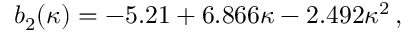
b _ { 2 } ( \kappa ) = - 5 . 2 1 + 6 . 8 6 6 \kappa - 2 . 4 9 2 \kappa ^ { 2 } \, ,